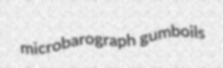
microbarograph gumboils